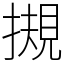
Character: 摫